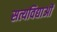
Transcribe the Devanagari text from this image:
सत्यविद्याओं